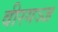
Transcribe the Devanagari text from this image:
वीरगञ्ज